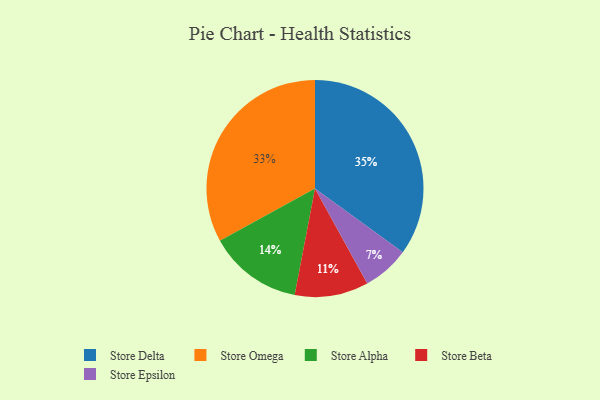
{"axis": {"x": "Category", "y": "Percentage"}, "legend": ["Store Alpha", "Store Beta", "Store Delta", "Store Epsilon", "Store Omega"], "data": [{"x": "Store Epsilon", "y": 7, "type": "Store Epsilon"}, {"x": "Store Alpha", "y": 14, "type": "Store Alpha"}, {"x": "Store Omega", "y": 33, "type": "Store Omega"}, {"x": "Store Beta", "y": 11, "type": "Store Beta"}, {"x": "Store Delta", "y": 35, "type": "Store Delta"}]}